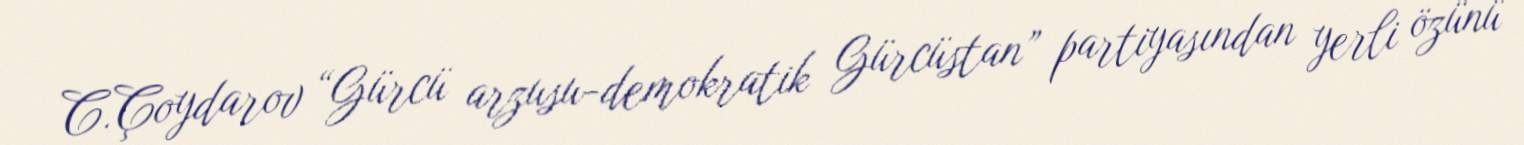
C.Çoydarov “Gürcü arzusu-demokratik Gürcüstan” partiyasından yerli özünü